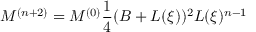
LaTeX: { \cal M } ^ { ( n + 2 ) } = { \cal M } ^ { ( 0 ) } \frac { 1 } { 4 } ( B + L ( \xi ) ) ^ { 2 } L ( \xi ) ^ { n - 1 }